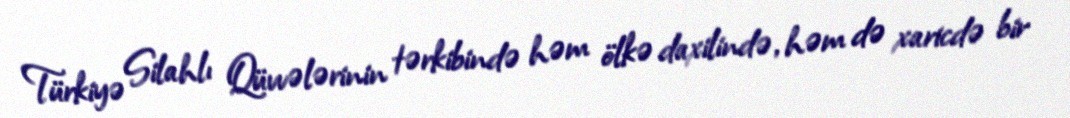
Türkiyə Silahlı Qüvvələrinin tərkibində həm ölkə daxilində, həm də xaricdə bir